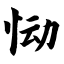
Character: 恸